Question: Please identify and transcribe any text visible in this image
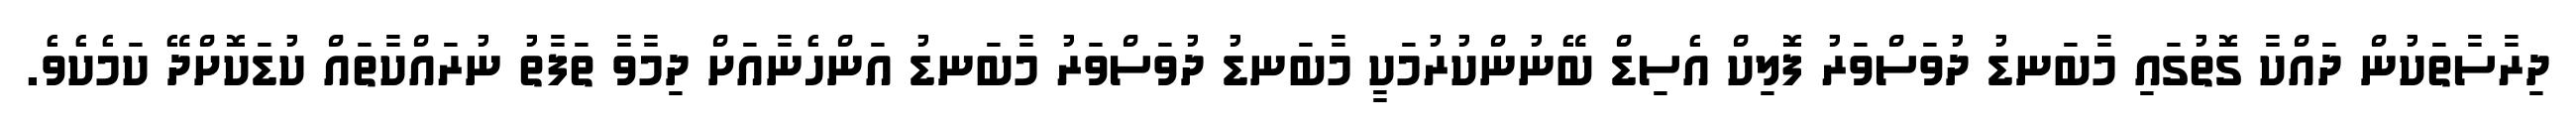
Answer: ދިރާސާތަކުން ދައްކާ ގޮތުގައި މާބަނޑު ދުވަސްވަރު ފޮލިކް އެސިޑް ބޭނުންކުރުމަކީ މާބަނޑު ދުވަސްވަރު މާބަނޑު އަންހެނާއަށް ދިމާވާ ތަފާތު ނުރައްކާތައް ކުޑަކޮށްދޭ ކަމެކެވެ.